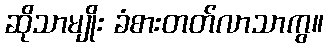
ဆိုသာမျိုး ခံစားတတ်လာသာကွ။